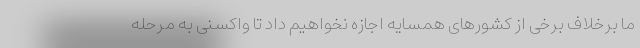
ما برخلاف برخی از کشورهای همسایه اجازه نخواهیم داد تا واکسنی به مرحله